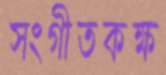
সংগীতকক্ষ